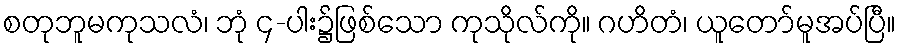
စတုဘူမကုသလံ၊ ဘုံ ၄-ပါး၌ဖြစ်သော ကုသိုလ်ကို။ ဂဟိတံ၊ ယူတော်မူအပ်ပြီ။